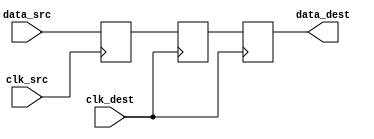
module pulsed_synchronizer #(
    parameter WIDTH = 1 // Width of the data signal
)(
    input wire clk_src,        // Clock signal from the source domain
    input wire clk_dest,       // Clock signal from the destination domain
    input wire [WIDTH-1:0] data_src, // Data signal from the source domain
    output reg [WIDTH-1:0] data_dest // Synchronized data signal
);

// Internal signals
reg [WIDTH-1:0] sync_ff1; // First flip-flop output
reg [WIDTH-1:0] sync_ff2; // Second flip-flop output

// First flip-flop to capture data from the source clock domain
always @(posedge clk_src) begin
    sync_ff1 <= data_src; // Capture data on the rising edge of clk_src
end

// Second flip-flop to synchronize data to the destination clock domain
always @(posedge clk_dest) begin
    sync_ff2 <= sync_ff1; // Capture the output of the first flip-flop on clk_dest
end

// Output the synchronized data
always @(posedge clk_dest) begin
    data_dest <= sync_ff2; // Output the synchronized data
end

endmodule